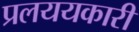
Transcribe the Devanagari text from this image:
प्रलययकारी